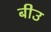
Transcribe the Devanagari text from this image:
बीउ